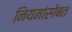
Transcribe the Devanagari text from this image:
नियमांसोबत